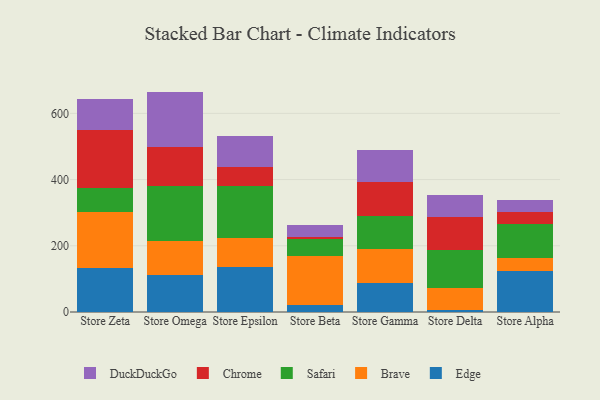
{"axis": {"x": "Store", "y": "Shipments"}, "legend": ["Brave", "Chrome", "DuckDuckGo", "Edge", "Safari"], "data": [{"x": "Store Zeta", "y": 133.1, "type": "Edge"}, {"x": "Store Zeta", "y": 168.3, "type": "Brave"}, {"x": "Store Zeta", "y": 74.4, "type": "Safari"}, {"x": "Store Zeta", "y": 173.6, "type": "Chrome"}, {"x": "Store Zeta", "y": 95.1, "type": "DuckDuckGo"}, {"x": "Store Omega", "y": 111.6, "type": "Edge"}, {"x": "Store Omega", "y": 101.8, "type": "Brave"}, {"x": "Store Omega", "y": 168.0, "type": "Safari"}, {"x": "Store Omega", "y": 117.4, "type": "Chrome"}, {"x": "Store Omega", "y": 166.9, "type": "DuckDuckGo"}, {"x": "Store Epsilon", "y": 137.0, "type": "Edge"}, {"x": "Store Epsilon", "y": 85.5, "type": "Brave"}, {"x": "Store Epsilon", "y": 159.0, "type": "Safari"}, {"x": "Store Epsilon", "y": 57.7, "type": "Chrome"}, {"x": "Store Epsilon", "y": 93.7, "type": "DuckDuckGo"}, {"x": "Store Beta", "y": 22.4, "type": "Edge"}, {"x": "Store Beta", "y": 146.2, "type": "Brave"}, {"x": "Store Beta", "y": 52.7, "type": "Safari"}, {"x": "Store Beta", "y": 6.5, "type": "Chrome"}, {"x": "Store Beta", "y": 35.0, "type": "DuckDuckGo"}, {"x": "Store Gamma", "y": 88.5, "type": "Edge"}, {"x": "Store Gamma", "y": 100.9, "type": "Brave"}, {"x": "Store Gamma", "y": 99.6, "type": "Safari"}, {"x": "Store Gamma", "y": 104.4, "type": "Chrome"}, {"x": "Store Gamma", "y": 96.7, "type": "DuckDuckGo"}, {"x": "Store Delta", "y": 6.8, "type": "Edge"}, {"x": "Store Delta", "y": 64.2, "type": "Brave"}, {"x": "Store Delta", "y": 116.8, "type": "Safari"}, {"x": "Store Delta", "y": 98.6, "type": "Chrome"}, {"x": "Store Delta", "y": 66.3, "type": "DuckDuckGo"}, {"x": "Store Alpha", "y": 123.7, "type": "Edge"}, {"x": "Store Alpha", "y": 39.8, "type": "Brave"}, {"x": "Store Alpha", "y": 103.3, "type": "Safari"}, {"x": "Store Alpha", "y": 35.3, "type": "Chrome"}, {"x": "Store Alpha", "y": 35.4, "type": "DuckDuckGo"}]}